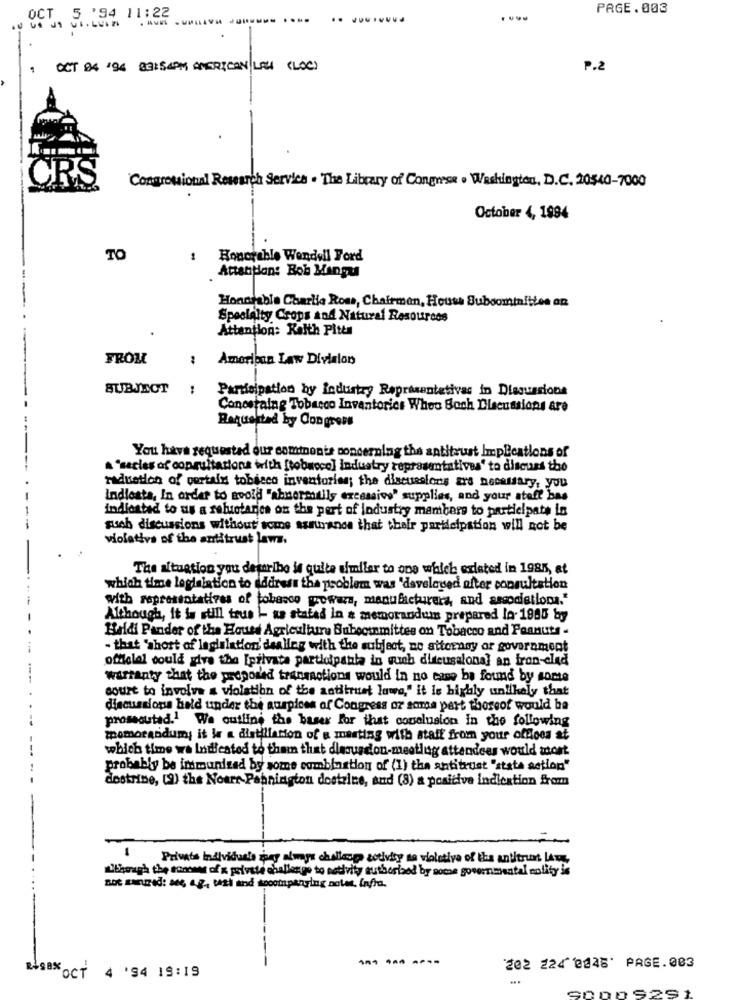
PAGE.003
. A
OCT 04 '94 03:54PM AMERICAN LEH (LOC)
2.2
CRS
Congressional Research Service . The Library of Congress . Washington, D.C. 20540-7000
October 4, 1994
TO
Honorable Wendell Ford
Attention: Bob Mangu
---
Honorable Charlie Ross, Chairman, House Suboominities an
Specialty Crops and Natural Resources
Attention: Raith Pitts
FROM
: American Law Division
SUBJECT
Participation by industry Representativas in Diesussions
Conestaing Tobacco Inventories Whes Boch Discussions are
Requested by Congress
You have requested our cominonte concerning the antitrust ImpBeations of
A 'secles of copruitations with [tobacco] industry representatives' to discuss the
raduation of portalu tobacco inventories; the discussions are necessary, you
Indlesta, In order to avoid "abnormally excessive" supplies, and your steff bas
indlostad to us a rabiotaries on the pert of industry mambers to participate in
such discussions without some assurance that their participation will not be
violativa of the antitrust laws.
The situation you detaribo it quite similar to one which existed in 1985, at
which time legislation to address the problem was 'daveloved after consultation
with representatives of tobacco wrowars, manufacturera, and associetlona."
Although, it is still trus !- sa stated in a memorandum prepared la- 1945 by
Heldi Pander of the House Agriculture Bubocinmittes on Tobacco and Peanuts -
- that "short of legislation' dealing with the subject, no attorney or government
oftlolol could give the [privata partlolpania in gucb discussional an tron-clad
warranty that the proposed transactions would in no case ba found by some
court to involve a violation of the antitrust lowa," it le highly unlikely that
discussions held under the auspices of Congress or some part thoseof would be
prosecuted.1 We outline the baser for that conclusion in the following
memorandumy; it la a distillation of a marting with staff from your offloos at
which time wa Indicated to them that diasusdion-meeting attendees would most
probably be immunized by some combination of (1) the antitrust "state action"
destrine, (9) the Noarr Pahnington dostrine, and (8) a positive indication from
1
Private Individuals spay always cholloop activity se violutive of the antitrust Lam,
Lbetragh the sonower of x private challenge to nativity authorised by some governmental nolity is
not sureod: se ag, weil and companying notes, infra.
--------
202 224 0846' PAGE.003
RESEX OCT 4 '94 19:19
...
9000 5291